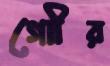
গোীর